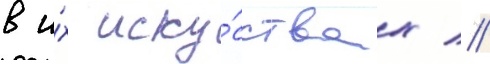
в и́х иску́сствах //